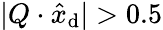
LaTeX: |Q\cdot\hat{x}_{\textrm{d}}|>0.5